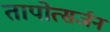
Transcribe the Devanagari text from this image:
तापोत्सर्जन